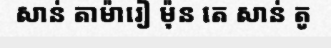
សាន់ តាម៉ារៀ ម៉ុន តេ សាន់ តូ